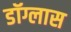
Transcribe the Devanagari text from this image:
डॉग्लास